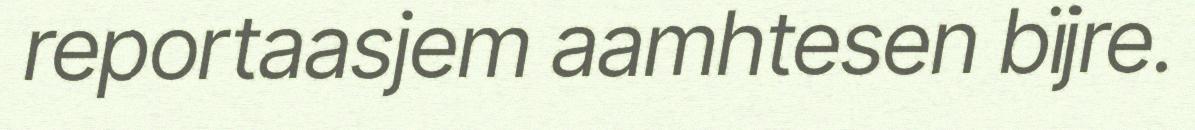
reportaasjem aamhtesen bïjre.